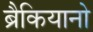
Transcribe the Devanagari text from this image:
ब्रैकियानो